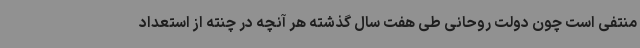
منتفی است چون دولت روحانی طی هفت سال گذشته هر آنچه در چنته از استعداد